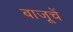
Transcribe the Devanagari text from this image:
बाजूचें